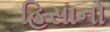
હિસાનો